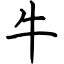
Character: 牛